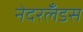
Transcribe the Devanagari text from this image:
नेदरलँडस